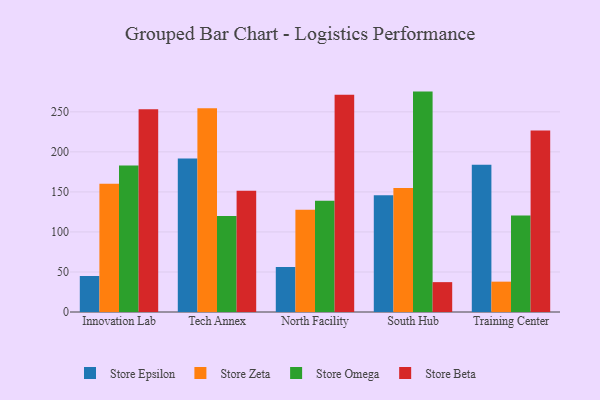
{"axis": {"x": "Campus", "y": "Tickets Resolved"}, "legend": ["Store Beta", "Store Epsilon", "Store Omega", "Store Zeta"], "data": [{"x": "Innovation Lab", "y": 45.0, "type": "Store Epsilon"}, {"x": "Innovation Lab", "y": 160.2, "type": "Store Zeta"}, {"x": "Innovation Lab", "y": 182.9, "type": "Store Omega"}, {"x": "Innovation Lab", "y": 253.4, "type": "Store Beta"}, {"x": "Tech Annex", "y": 191.6, "type": "Store Epsilon"}, {"x": "Tech Annex", "y": 254.5, "type": "Store Zeta"}, {"x": "Tech Annex", "y": 119.9, "type": "Store Omega"}, {"x": "Tech Annex", "y": 151.4, "type": "Store Beta"}, {"x": "North Facility", "y": 56.3, "type": "Store Epsilon"}, {"x": "North Facility", "y": 127.7, "type": "Store Zeta"}, {"x": "North Facility", "y": 139.1, "type": "Store Omega"}, {"x": "North Facility", "y": 271.4, "type": "Store Beta"}, {"x": "South Hub", "y": 145.7, "type": "Store Epsilon"}, {"x": "South Hub", "y": 154.9, "type": "Store Zeta"}, {"x": "South Hub", "y": 275.3, "type": "Store Omega"}, {"x": "South Hub", "y": 37.3, "type": "Store Beta"}, {"x": "Training Center", "y": 184.0, "type": "Store Epsilon"}, {"x": "Training Center", "y": 37.9, "type": "Store Zeta"}, {"x": "Training Center", "y": 120.4, "type": "Store Omega"}, {"x": "Training Center", "y": 226.6, "type": "Store Beta"}]}